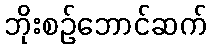
ဘိုးစဉ်ဘောင်ဆက်